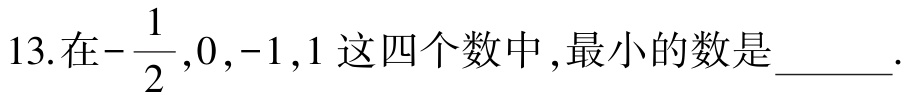
13.在$-\dfrac{1}{2},0,-1,1$这四个数中,最小的数是______.